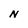
Character: N